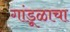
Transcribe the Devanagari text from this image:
गांडूळाचा